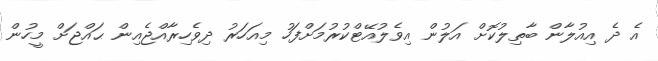
އެ ދެ އިއުލާން ބާތިލުކޮށް އަލުން އިވެލުއޭޓްކުރުމަށްފަހު މިއަހަރު ދިވެހިރާއްޖެއިން ޙައްޖަށް މީހުން